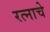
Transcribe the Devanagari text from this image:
रत्नाचे